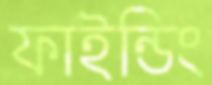
ফাইন্ডিং